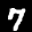
Label: 7